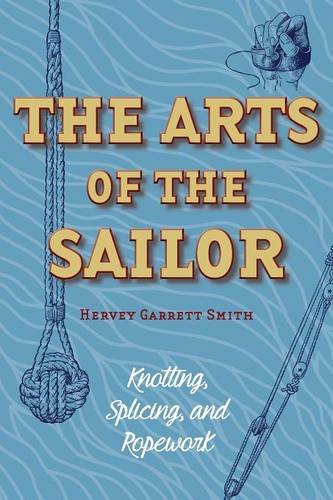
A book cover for The Arts of the Sailor: Knotting, Splicing and Ropework (Dover Maritime); Hervey Garrett Smith; Crafts, Hobbies & Home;